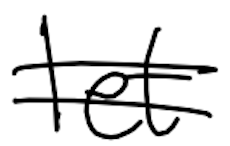
Text: let
Cross-out: double-line
Writing tool: digital_black